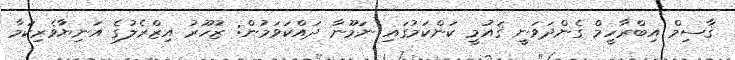
ޤާސިމް އިބްރާހީމް ގެންދަވަނީ ޤައުމީ ކަންކަމުގައި ނަމޫނާ ދައްކަވަމުން: ޒުހޫރު އިޒްރެލުގެ އަނިޔާވެރިކަމާ